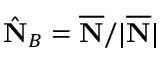
\hat { \bf N } _ { B } = \overline { { \bf N } } / | \overline { { \bf N } } |